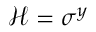
\mathcal { H } = \sigma ^ { y }